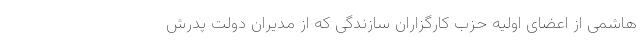
هاشمی از اعضای اولیه حزب کارگزاران سازندگی که از مدیران دولت پدرش